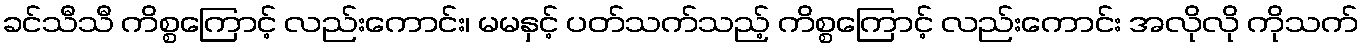
ခင်သီသီ ကိစ္စကြောင့် လည်းကောင်း၊ မမနှင့် ပတ်သက်သည့် ကိစ္စကြောင့် လည်းကောင်း အလိုလို ကိုသက်